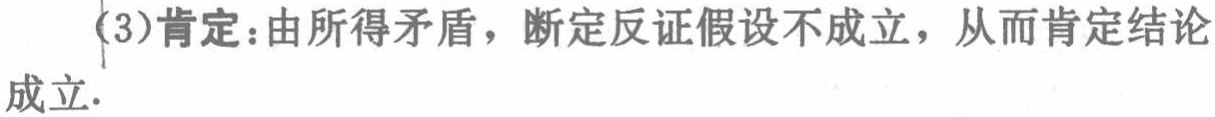
(3)肯定：由所得矛盾，断定反证假设不成立，从而肯定结论成立.